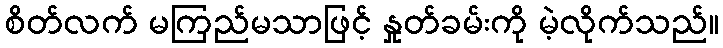
စိတ်လက် မကြည်မသာဖြင့် နှုတ်ခမ်းကို မဲ့လိုက်သည်။